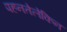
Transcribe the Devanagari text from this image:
पहनतेलेकिन